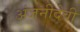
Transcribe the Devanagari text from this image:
अंजनीदेवी